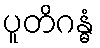
ပူတိဂန္ဓံ